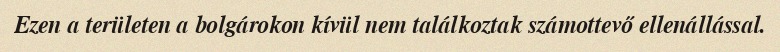
Ezen a területen a bolgárokon kívül nem találkoztak számottevő ellenállással.